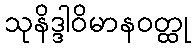
သုနိဒ္ဒါဝိမာနဝတ္ထု